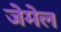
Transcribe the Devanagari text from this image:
जेमेल